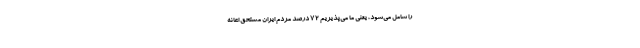
را شامل می‌شود، یعنی ما می‌پذیریم ۷۲ درصد مردم ایران مستحق اعانه